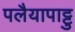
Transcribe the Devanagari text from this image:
पलैयापाट्टु